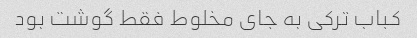
کباب ترکی به جای مخلوط فقط گوشت بود